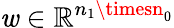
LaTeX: \mathit{w}\in\mathbb{{R}}^{n_{1}\timesn_{0}}